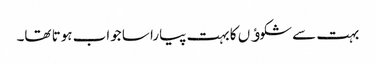
بہت سے شکوﺅں کا بہت پیارا سا جواب ہوتا تھا۔